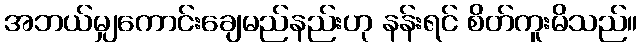
အဘယ်မျှကောင်းချေမည်နည်းဟု နန်းရင် စိတ်ကူးမိသည်။